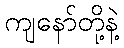
ကျနော်တို့နဲ့